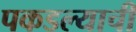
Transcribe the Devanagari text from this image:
पकडल्याची